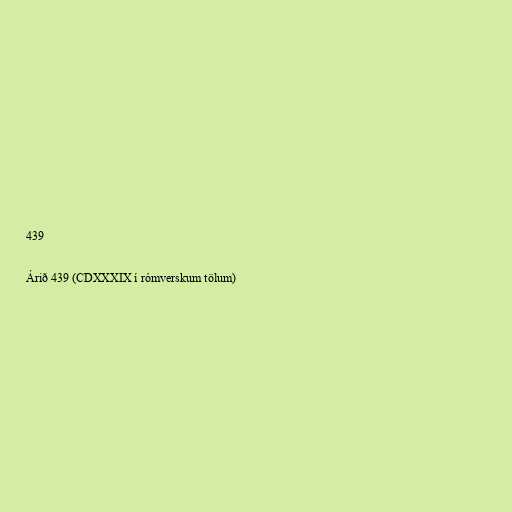
439

Árið 439 (CDXXXIX í rómverskum tölum)